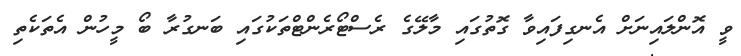
ވީ އޮންލައިނަށް އެނގިފައިވާ ގޮތުގައި މާލޭގެ ރެސްޓޯރެންޓްތަކުގައި ބަނގުރާ ބޯ މީހުން އެތަކެތި